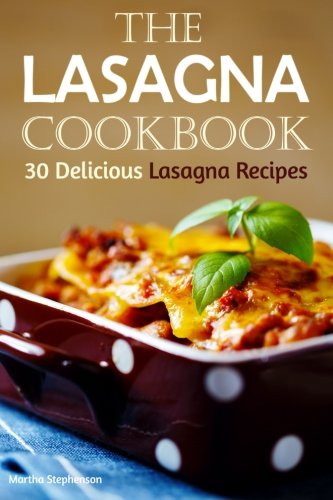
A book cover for The Lasagna Cookbook: 30 Delicious Lasagna Recipes; Martha Stephenson; Cookbooks, Food & Wine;